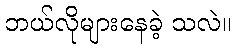
ဘယ်လိုများနေခဲ့ သလဲ။